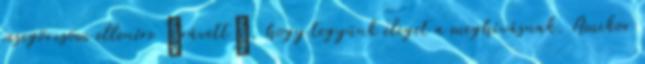
vesegörcsöm ellenére „rávett”, hogy tegyünk eleget a meghívásnak. Amikor